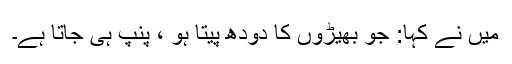
میں نے کہا: جو بھیڑوں کا دودھ پیتا ہو ، پنپ ہی جاتا ہے۔